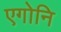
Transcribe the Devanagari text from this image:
एगोनि